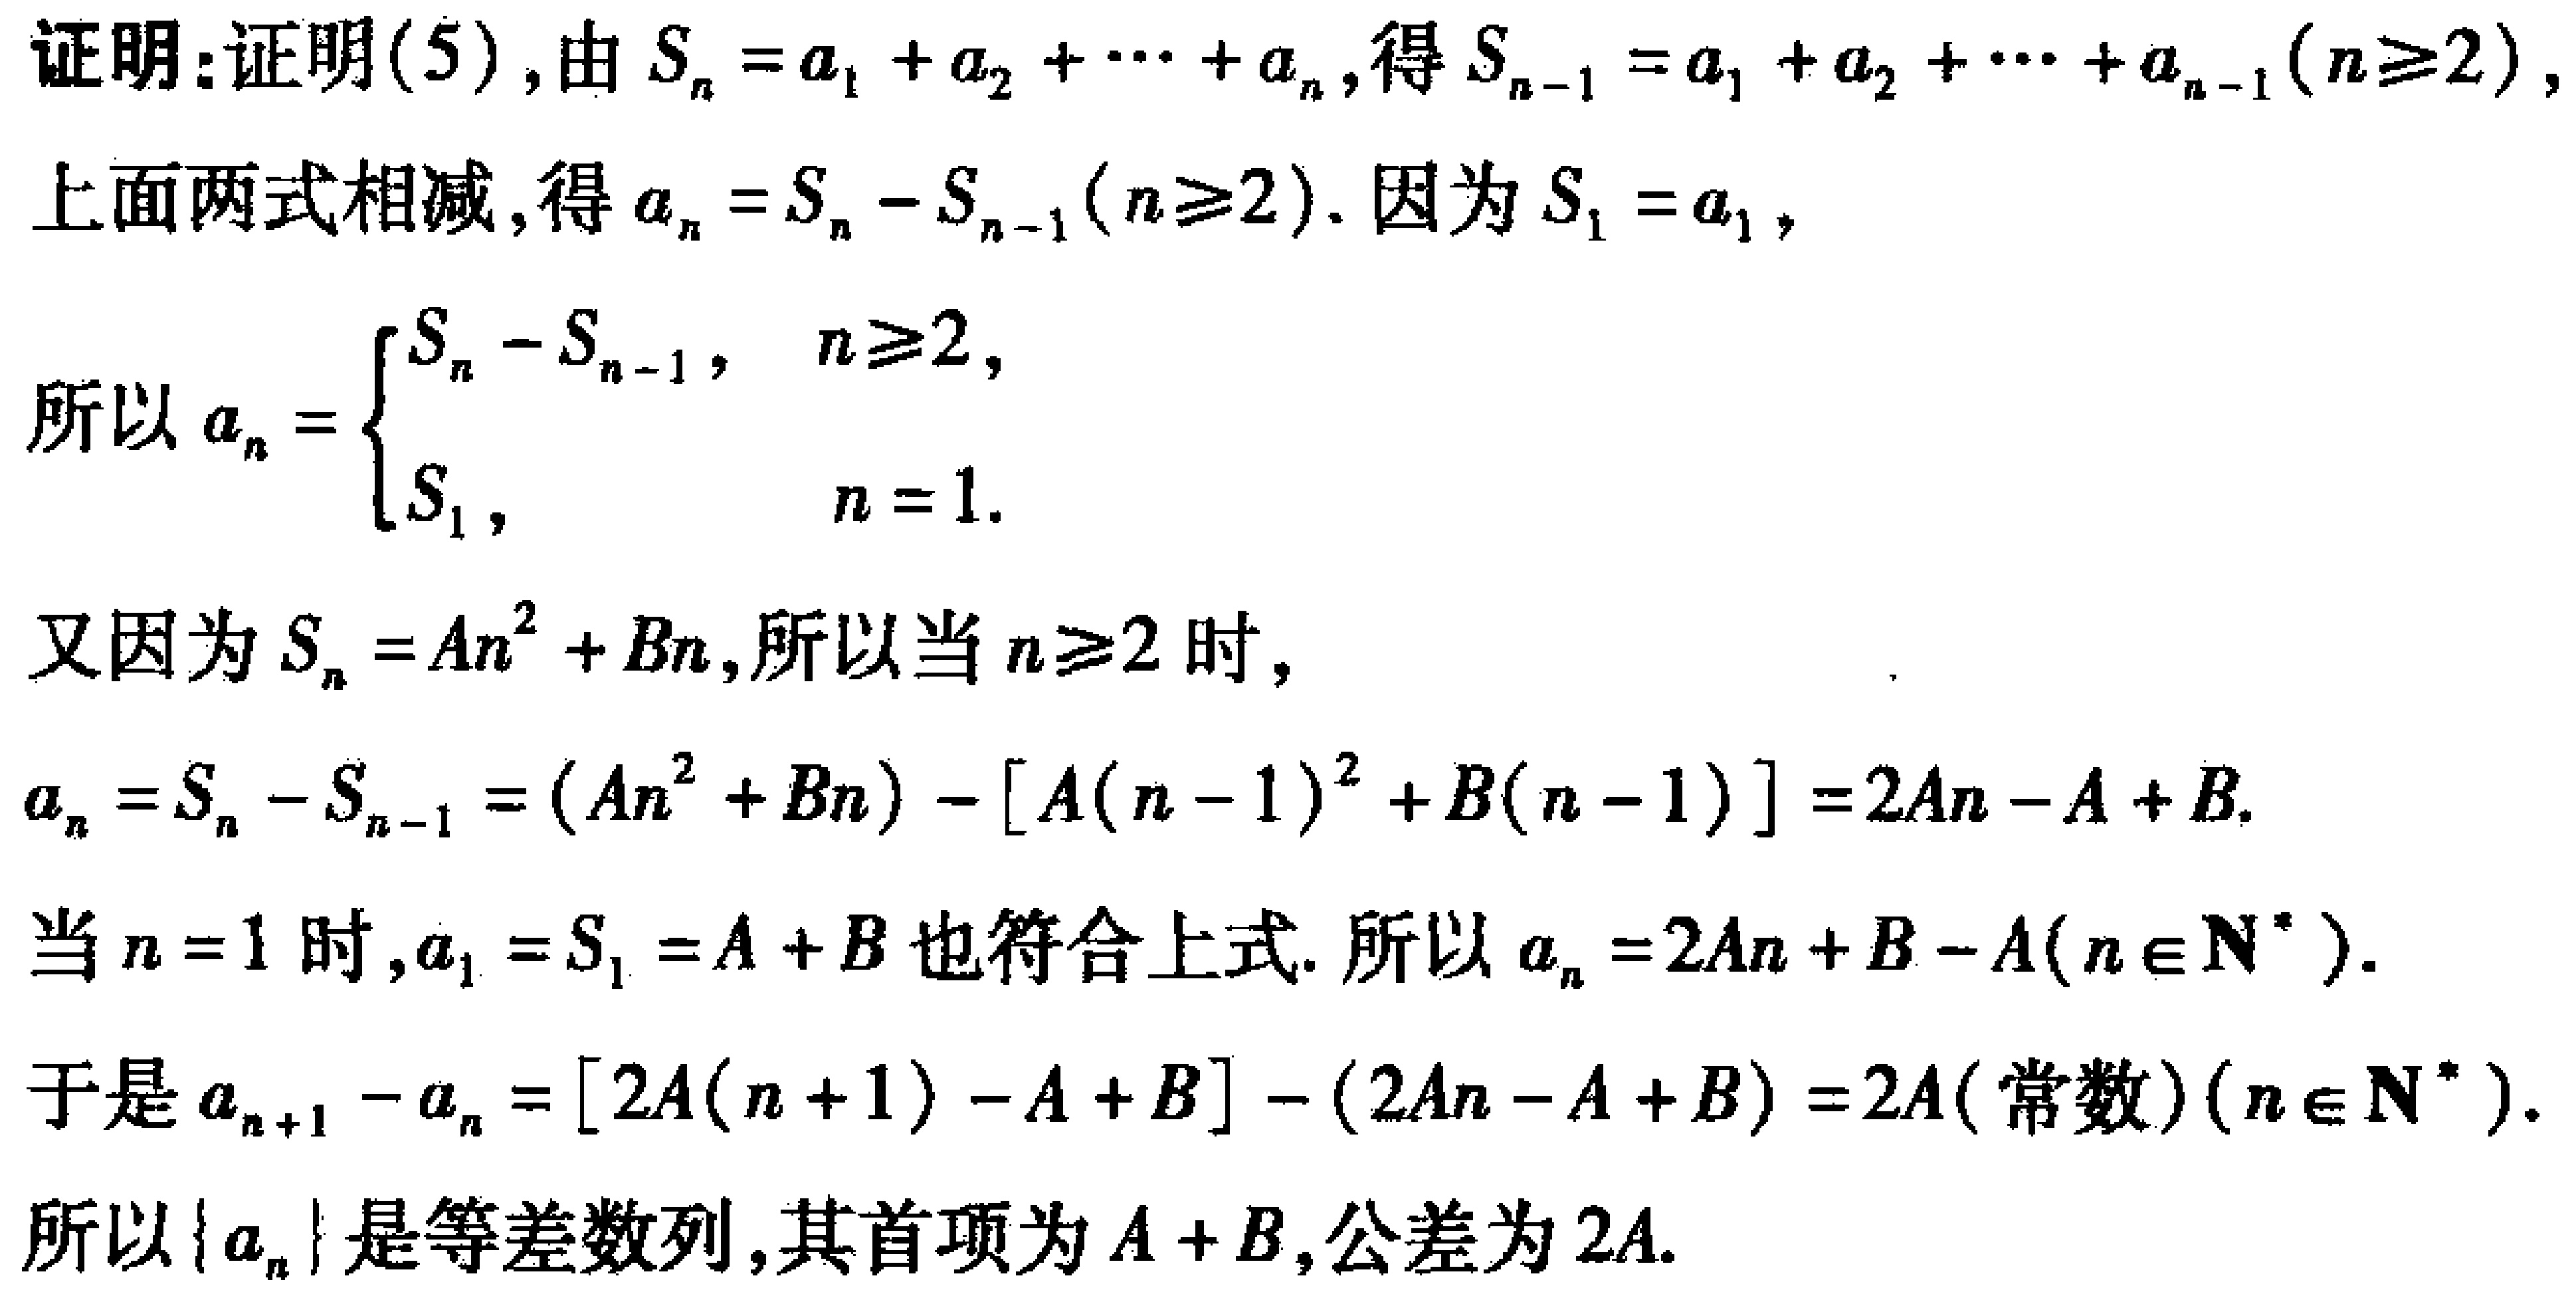
证明：证明(5), 由 \(S_{n}=a_{1}+a_{2}+\cdots +a_{n}\), 得 \(S_{n - 1}=a_{1}+a_{2}+\cdots +a_{n - 1}(n\geq2)\),
上面两式相减, 得 \(a_{n}=S_{n}-S_{n - 1}(n\geq2)\). 因为 \(S_{1}=a_{1}\),
所以 \(a_{n}=\begin{cases}S_{n}-S_{n - 1},&n\geq2,\\S_{1},&n = 1.\end{cases}\)
又因为 \(S_{n}=An^{2}+Bn\), 所以当 \(n\geq2\) 时,
\(a_{n}=S_{n}-S_{n - 1}=(An^{2}+Bn)-[A(n - 1)^{2}+B(n - 1)]=2An - A + B\).
当 \(n = 1\) 时, \(a_{1}=S_{1}=A + B\) 也符合上式. 所以 \(a_{n}=2An + B - A(n\in\mathbf{N}^{*})\).
于是 \(a_{n + 1}-a_{n}=[2A(n + 1)-A + B]-(2An - A + B)=2A(\text{常数})(n\in\mathbf{N}^{*})\).
所以 \(\{a_{n}\}\) 是等差数列, 其首项为 \(A + B\), 公差为 \(2A\).